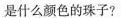
是什么颜色的珠子?